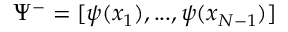
\Psi ^ { - } = [ \psi ( x _ { 1 } ) , . . . , \psi ( x _ { N - 1 } ) ]